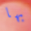
بها